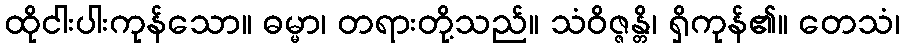
ထိုငါးပါးကုန်သော။ ဓမ္မာ၊ တရားတို့သည်။ သံဝိဇ္ဇန္တိ၊ ရှိကုန်၏။ တေသံ၊